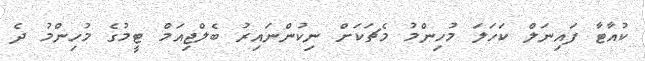
ކުއާޓާ ފައިނަލް ކަހަލަ މުހިންމު މެޗަކަށް ނިކުންނައިރު ބެލްޖިއަމް ޓީމުގެ މުހިންމު ދެ